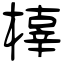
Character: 橭